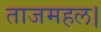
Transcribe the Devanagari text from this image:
ताजमहल।